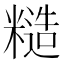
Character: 糙